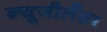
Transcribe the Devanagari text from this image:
न्यूजीलैंडर